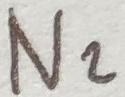
Text: N2